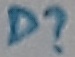
Text: D?